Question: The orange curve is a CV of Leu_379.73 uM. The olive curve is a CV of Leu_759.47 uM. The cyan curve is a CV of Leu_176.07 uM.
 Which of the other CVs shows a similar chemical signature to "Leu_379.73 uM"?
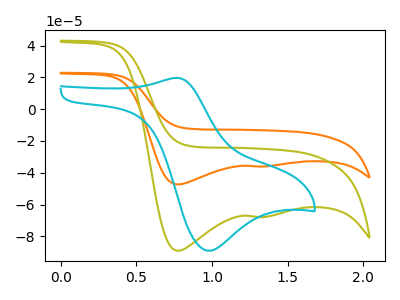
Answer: <think>The orange curve "Leu_379.73 uM" has cathodic peaks at (0.75V, -47.30uA) (1.30V, -36.00uA). The olive curve "Leu_759.47 uM" has cathodic peaks at (0.75V, -89.05uA) (1.30V, -67.80uA). The cyan curve "Leu_176.07 uM" has an anodic peak at (0.75V, 19.70uA) and a cathodic peak at (1.00V, -89.05uA).
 All the peaks in "Leu_379.73 uM" have a peak in "Leu_759.47 uM" at the same potential. Every peak in "Leu_379.73 uM" is lower than every peak in "Leu_759.47 uM". "Leu_379.73 uM" and "Leu_176.07 uM" have at least one peak that do not match. "Leu_759.47 uM" and "Leu_176.07 uM" have at least one peak that do not match.</think>
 <answer>The CV with the most similar shape to "Leu_759.47 uM" is "Leu_379.73 uM".</answer>
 <eval>"Leu_379.73 uM"</eval>